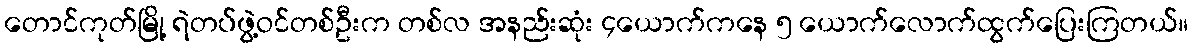
တောင်ကုတ်မြို့ ရဲတပ်ဖွဲ့ဝင်တစ်ဦးက တစ်လ အနည်းဆုံး ၄ယောက်ကနေ ၅ ယောက်လောက်ထွက်ပြေးကြတယ်။